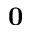
\mathbf { 0 }